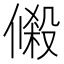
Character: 𬿔